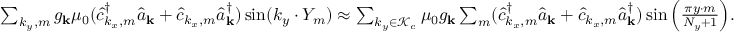
\begin{array} { r l } & { \sum _ { k _ { y } , m } { g _ { \bf k } } \mu _ { 0 } ( \hat { c } _ { k _ { x } , m } ^ { \dagger } \hat { a } _ { \bf k } + \hat { c } _ { k _ { x } , m } \hat { a } _ { \bf k } ^ { \dagger } ) \sin ( k _ { y } \cdot Y _ { m } ) \approx \sum _ { k _ { y } \in \mathcal { K } _ { c } } \mu _ { 0 } { g _ { \bf k } } \sum _ { m } ( \hat { c } _ { k _ { x } , m } ^ { \dagger } \hat { a } _ { \bf k } + \hat { c } _ { k _ { x } , m } \hat { a } _ { \bf k } ^ { \dagger } ) \sin \Big ( \frac { \pi y \cdot m } { N _ { y } + 1 } \Big ) . } \end{array}